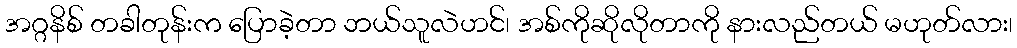
အဂ္ဂနိစ် တခါတုန်းက ပြောခဲ့တာ ဘယ်သူလဲဟင်၊ အစ်ကိုဆိုလိုတာကို နားလည်တယ် မဟုတ်လား၊